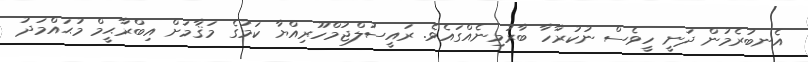
އެނބުރެމުން ދަނީ ހީވެސް ނުކުރާހާ ބާރުމިނެއްގައެވެ. ރައީސުލްޖުމްހޫރިއްޔާ ކަމުގެ މަޤާމަށް އިބްރާޙީމް މުޙައްމަދު